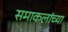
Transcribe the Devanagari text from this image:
समाकलांच्या